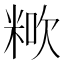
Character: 𥺏